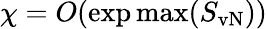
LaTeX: \chi=O(\exp\operatorname*{max}(S_{\mathrm{vN}}))